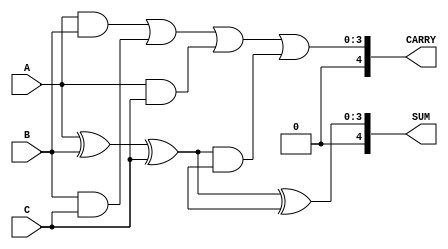
module carry_save_adder (
    input       [3:0] A, // First operand
    input       [3:0] B, // Second operand
    input       [3:0] C, // Third operand
    output reg  [4:0] SUM, // Final sum output
    output reg  [4:0] CARRY // Final carry output
);

    // Internal signals for partial sums and carries
    wire [4:0] P1, P2, C1, C2;

    // Stage 1: Perform CSA for the first three operands
    assign P1 = A ^ B ^ C; // Partial sum using XOR
    assign C1 = (A & B) | (B & C) | (A & C); // Carry using AND/OR
    
    // Stage 2: Example with additional operands (reduction example)
    // Assuming D is the next operand added (for larger inputs)
    wire [3:0] D; // Additional operand
    assign P2 = P1 ^ D; // New partial sum
    assign C2 = C1 | (P1 & D); // New carry generation
    
    // Combine the final sum and carry outputs
    always @(*) begin
        SUM = P2; // Final partial sum output
        CARRY = C2; // Final carry output
    end

endmodule